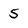
Character: 5